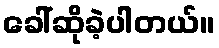
ခေါ်ဆိုခဲ့ပါတယ်။